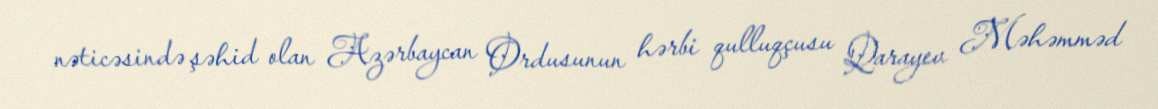
nəticəsində şəhid olan Azərbaycan Ordusunun hərbi qulluqçusu Qarayev Məhəmməd